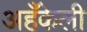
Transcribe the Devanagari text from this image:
अहँकेली